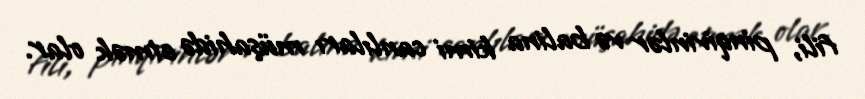
fili, pinqivinlər və balina kimi canlıları müşahidə etmək olar.